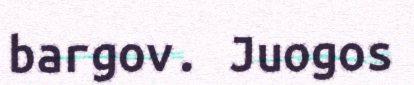
bargov. Juogos